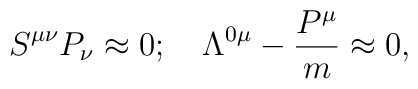
S^{\mu\nu}P_\nu\approx 0;~~~\Lambda^{0\mu}-{{P^\mu}\over m}\approx 0,